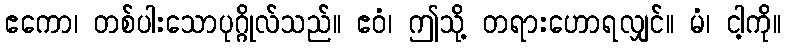
ဧကော၊ တစ်ပါးသောပုဂ္ဂိုလ်သည်။ ဧဝံ၊ ဤသို့ တရားဟောရလျှင်။ မံ၊ ငါ့ကို။